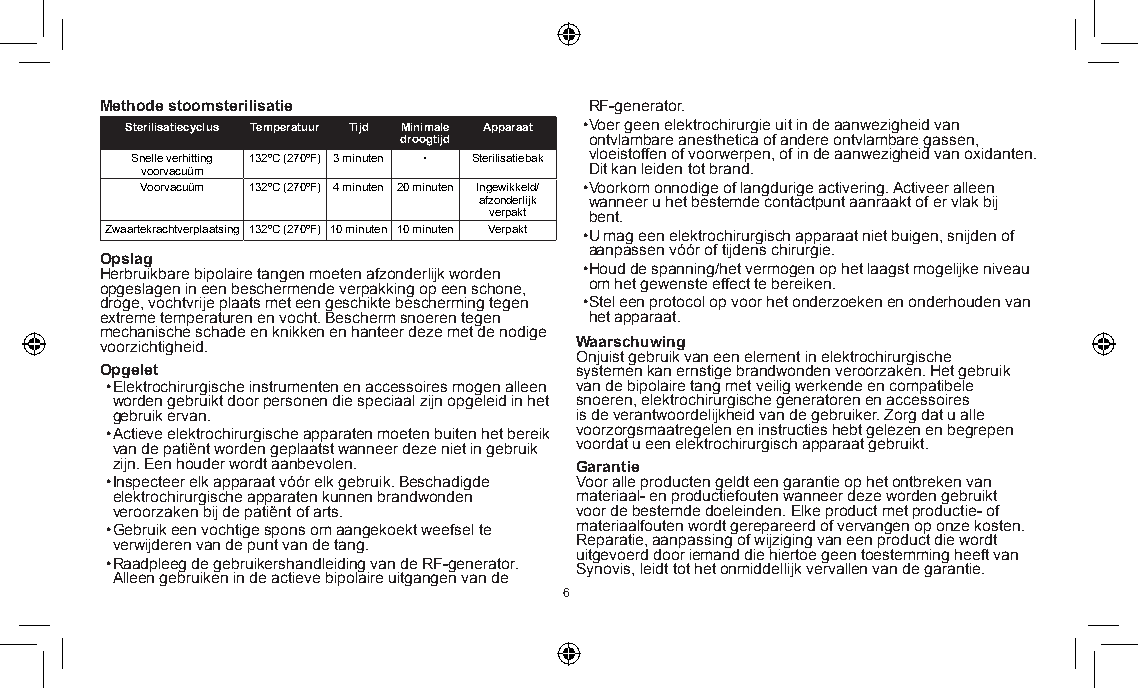
Methode stoomsterilisatie       RF-generator.
 Sterilisatiecyclus Temperatuur Tijd Minimale Apparaat • Voer geen elektrochirurgie uit in de aanwezigheid van
 droogtijd    ontvlambare anesthetica of andere ontvlambare gassen,
 Snelle verhitting 132ºC (270ºF) 3 minuten • Sterilisatiebak vloeistoffen of voorwerpen, of in de aanwezigheid van oxidanten.
 voorvacuüm                    Dit kan leiden tot brand.
 Voorvacuüm 132ºC (270ºF) 4 minuten 20 minuten Ingewikkeld/ • Voorkom onnodige of langdurige activering. Activeer alleen
 afzonderlijk wanneer u het bestemde contactpunt aanraakt of er vlak bij
 verpakt bent.
 Zwaartekrachtverplaatsing 132ºC (270ºF) 10 minuten 10 minuten Verpakt • U mag een elektrochirurgisch apparaat niet buigen, snijden of
 aanpassen vóór of tijdens chirurgie.
 Opslag
 Herbruikbare bipolaire tangen moeten afzonderlijk worden • Houd de spanning/het vermogen op het laagst mogelijke niveau
 opgeslagen in een beschermende verpakking op een schone, om het gewenste effect te bereiken.
 droge, vochtvrije plaats met een geschikte bescherming tegen • Stel een protocol op voor het onderzoeken en onderhouden van
 extreme temperaturen en vocht. Bescherm snoeren tegen het apparaat.
 mechanische schade en knikken en hanteer deze met de nodige
 voorzichtigheid.               Waarschuwing
 Onjuist gebruik van een element in elektrochirurgische
 Opgelet                        systemen kan ernstige brandwonden veroorzaken. Het gebruik
 • Elektrochirurgische instrumenten en accessoires mogen alleen van de bipolaire tang met veilig werkende en compatibele
 worden gebruikt door personen die speciaal zijn opgeleid in het snoeren, elektrochirurgische generatoren en accessoires
 gebruik ervan.                 is de verantwoordelijkheid van de gebruiker. Zorg dat u alle
 • Actieve elektrochirurgische apparaten moeten buiten het bereik voorzorgsmaatregelen en instructies hebt gelezen en begrepen
 van de patiënt worden geplaatst wanneer deze niet in gebruik voordat u een elektrochirurgisch apparaat gebruikt.
 zijn. Een houder wordt aanbevolen. Garantie
 • Inspecteer elk apparaat vóór elk gebruik. Beschadigde Voor alle producten geldt een garantie op het ontbreken van
 elektrochirurgische apparaten kunnen brandwonden materiaal- en productiefouten wanneer deze worden gebruikt
 veroorzaken bij de patiënt of arts. voor de bestemde doeleinden. Elke product met productie- of
 • Gebruik een vochtige spons om aangekoekt weefsel te materiaalfouten wordt gerepareerd of vervangen op onze kosten.
 verwijderen van de punt van de tang. Reparatie, aanpassing of wijziging van een product die wordt
 uitgevoerd door iemand die hiertoe geen toestemming heeft van
 • Raadpleeg de gebruikershandleiding van de RF-generator. Synovis, leidt tot het onmiddellijk vervallen van de garantie.
 Alleen gebruiken in de actieve bipolaire uitgangen van de
 6